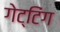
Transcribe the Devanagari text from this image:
गेट्टिंग